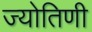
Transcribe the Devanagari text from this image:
ज्योतिणी